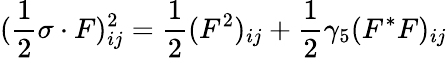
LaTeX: (\frac{1}{2}\sigma\cdot F)_{ij}^{2}=\frac{1}{2}(F^{2})_{ij}+\frac{1}{2}\gamma_{5}(F^{*}F)_{ij}